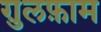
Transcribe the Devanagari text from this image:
ग़ुलफ़ाम